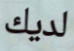
لديك